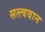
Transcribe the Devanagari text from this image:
सत्त्ववान